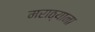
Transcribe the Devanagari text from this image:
मराठ्याना